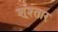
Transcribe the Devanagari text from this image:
शूश्तार